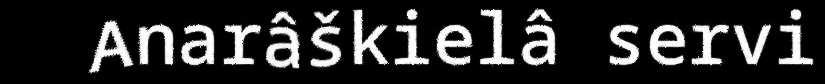
Anarâškielâ servi